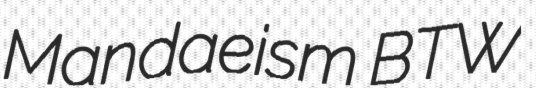
Mandaeism BTW